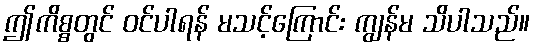
ဤကိစ္စတွင် ဝင်ပါရန် မသင့်ကြောင်း ကျွန်မ သိပါသည်။